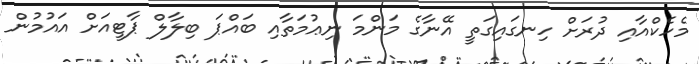
މެހެކްއާއި ދުރަށް ހިނގައިގަތީ އޭނާގެ މަންމަ ނިޢުމަތާއި ބައްޕަ ބިލާލް ޕާޓީއަށް އައުމުން